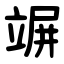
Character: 竮